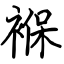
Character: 褓